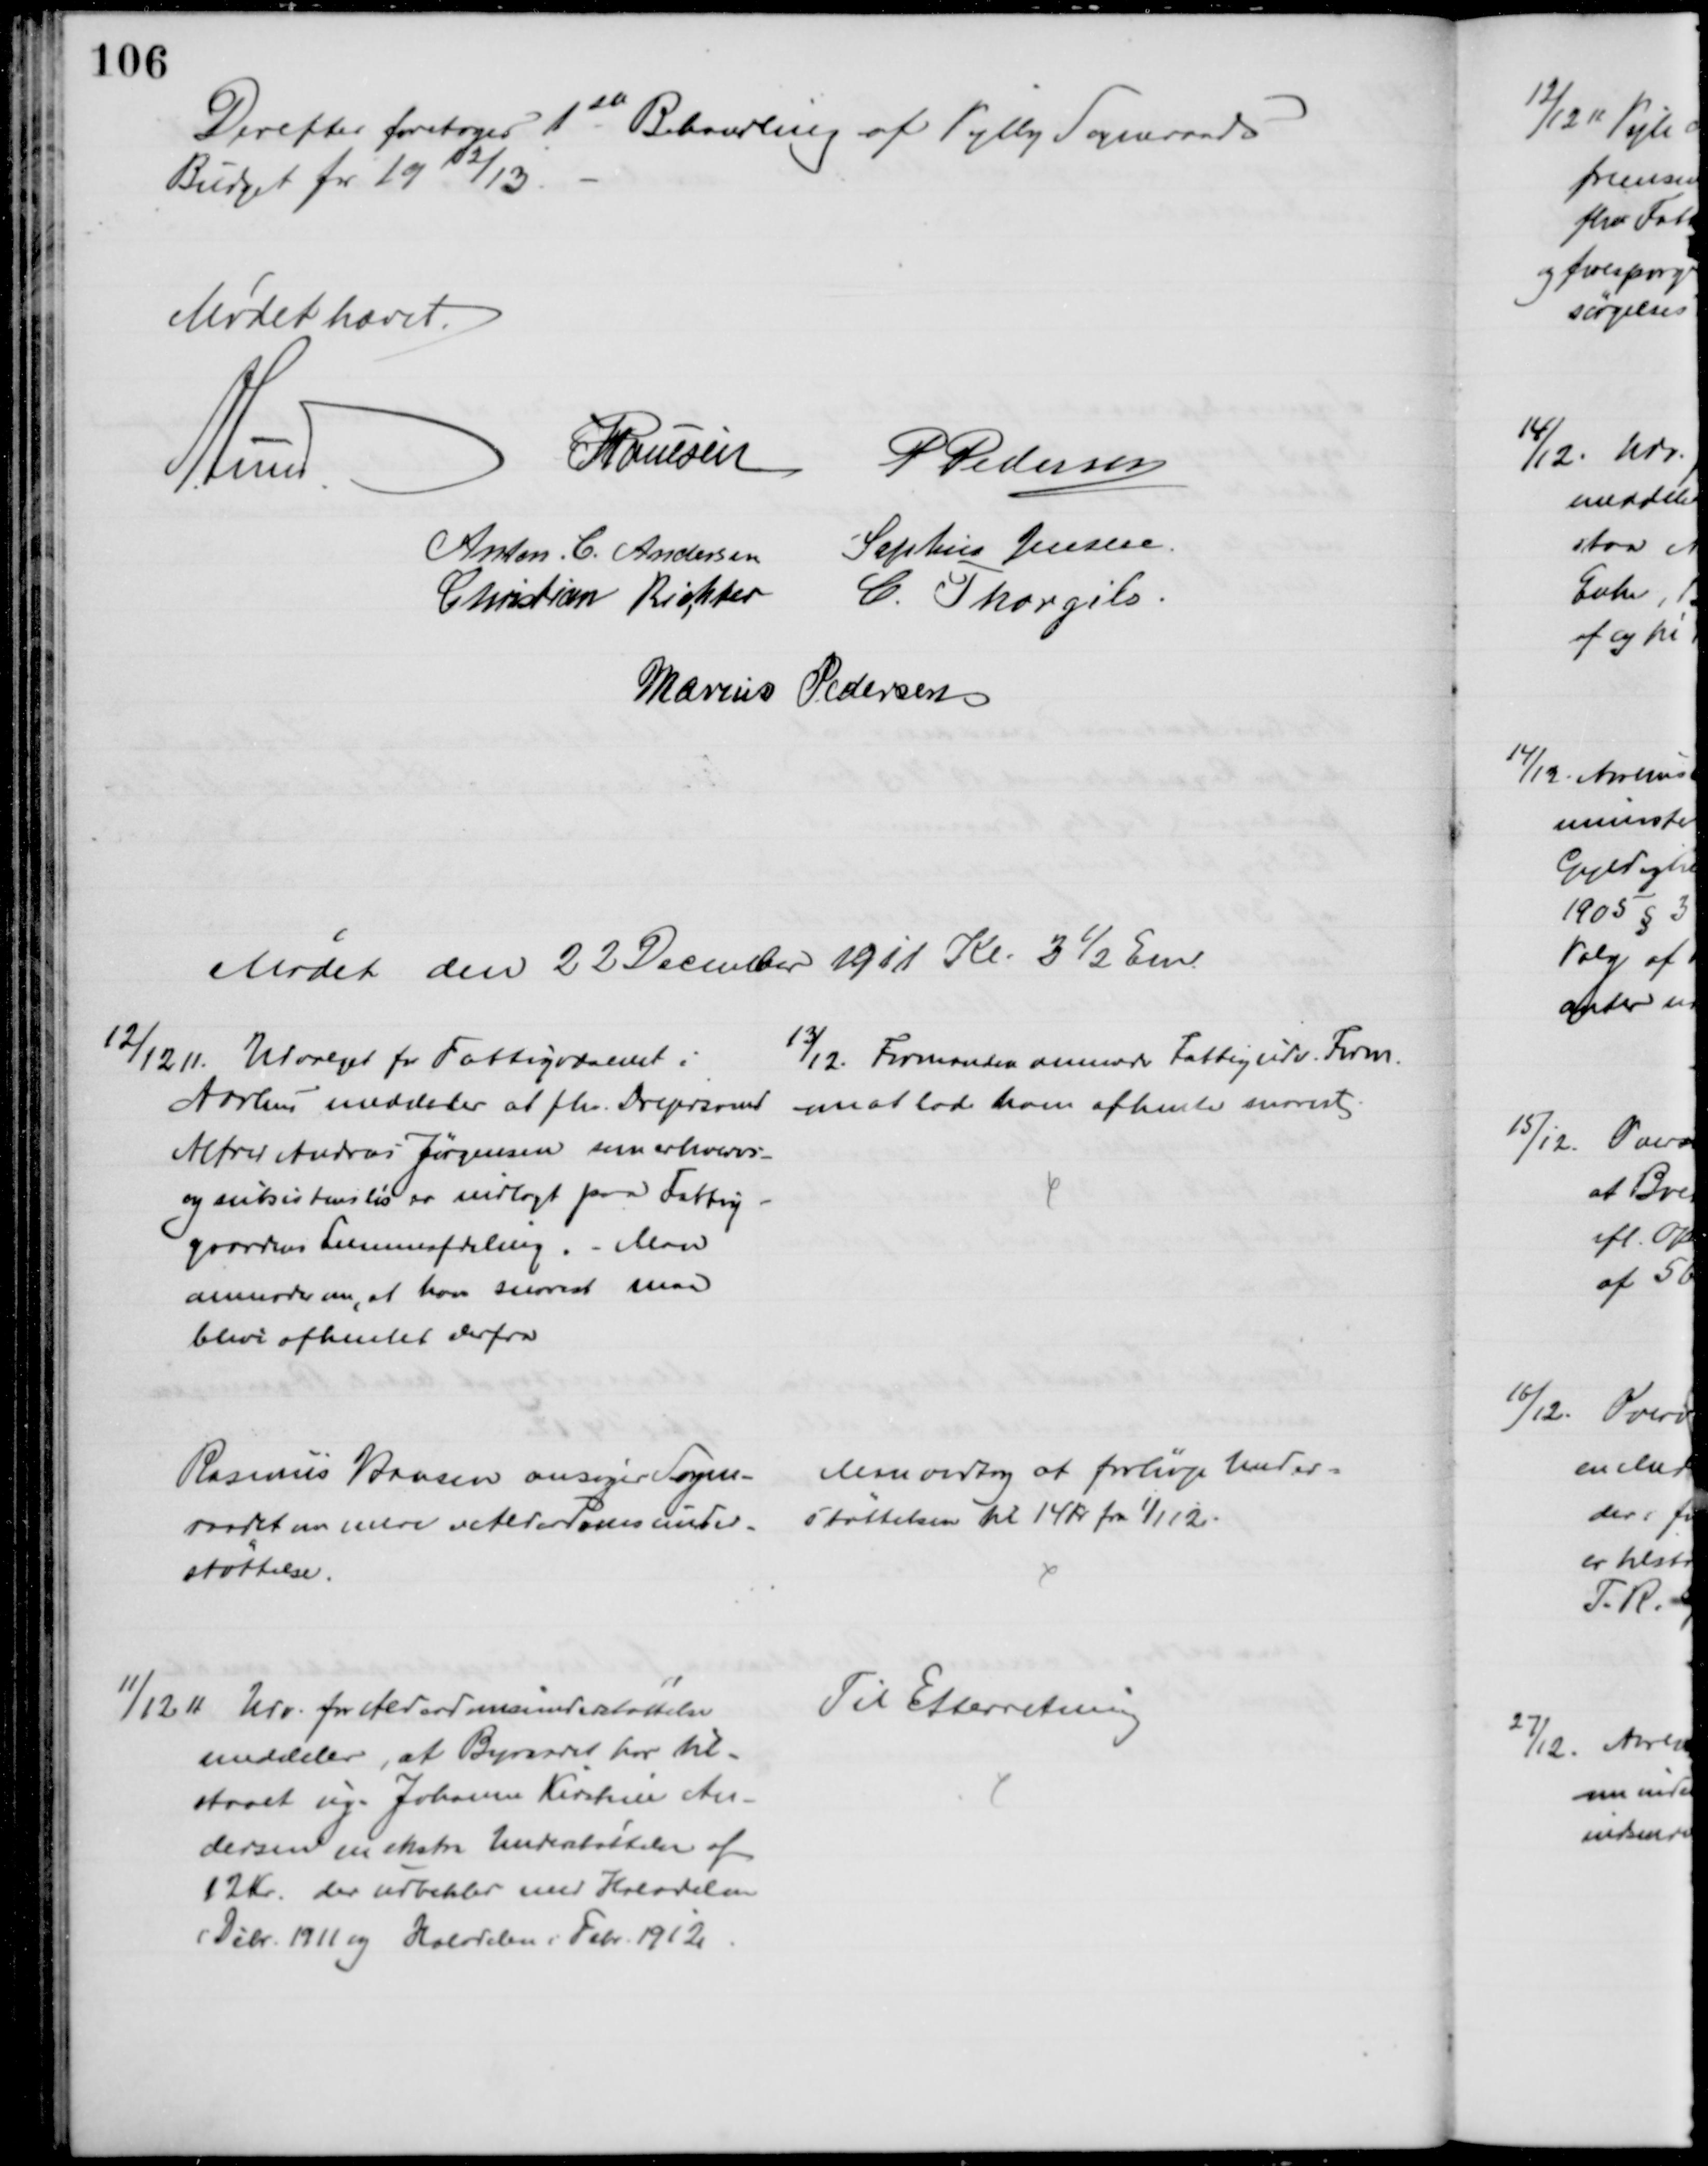
Transskription:
Derefter foretoges 1ste Behandling af Vejlby Sogneraads
Budget for 1912/13
Mødet hævet
A. Lund
J Poulsen
P Pedersen
Anton. C. Andersen
Sophus Jensen.
Christian Richter
C. Thorgils
Marius Pedersen
Mødet den 22 December 1911 Kl. 3½ Em.
12/12 11. Udvalget for Fattigvæsenet i
Aarhus meddeler at fhv. Drejersvend
Alfred Andreas Jørgensen som erhvervs-
og subsistensløs er indlagt paa Fattig-
gaardens Lemmeafdeling. - Man
anmoder om, at han snarest maa
blive afhentet derfra
13/12. Formanden anmoder Fattigudv. Form.
om at lade ham afhente snarest.
Rasmus Hansen ansøger Sogne-
raadet om mere Alderdomsunder-
støttelse.
Man vedtog at forhøje Under-
støttelsen til 14 kr. fra 1/1 12.
11/12 11. Udv. for Alderdomsunderstøttelse
meddeler, at Byraadet har til-
staaet ug. Johanne Kirstine An-
dersen en ekstra Understøttelse af
12 Kr. der udbetales med Halvdelen
i Debr. 1911 og Halvdelen i Febr. 1912
Til Efterretning